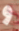
و